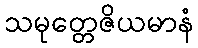
သမုတ္တေဇိယမာနံ